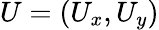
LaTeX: U=\left(U_{x},U_{y}\right)